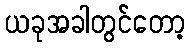
ယခုအခါတွင်တော့